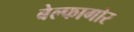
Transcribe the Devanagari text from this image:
बेल्फागोर